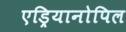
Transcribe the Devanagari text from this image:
एड्रियानोपिल